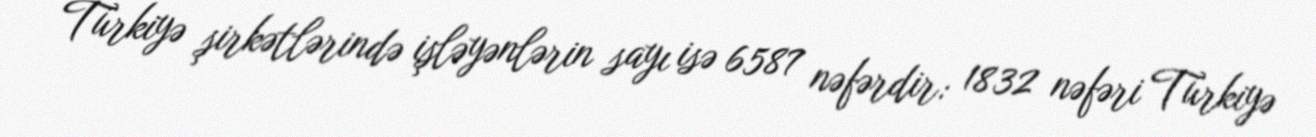
Türkiyə şirkətlərində işləyənlərin sayı isə 6587 nəfərdir: 1832 nəfəri Türkiyə